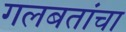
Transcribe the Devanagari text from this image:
गलबतांचा